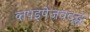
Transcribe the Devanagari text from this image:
व्तपइपेजवदद्ध